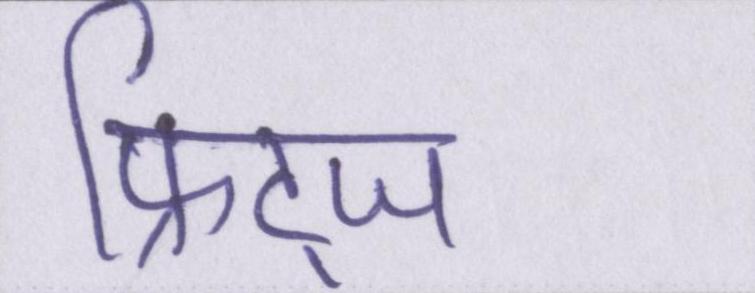
फ्रिट्ज